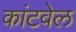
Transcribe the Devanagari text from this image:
कांटवेल